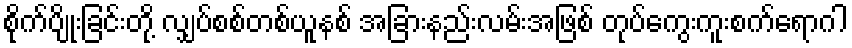
စိုက်ပျိုးခြင်းတို့ လျှပ်စစ်တစ်ယူနစ် အခြားနည်းလမ်းအဖြစ် တုပ်ကွေးကူးစက်ရောဂါ